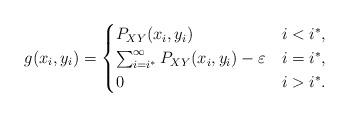
LaTeX: \begin{align*} g(x_i,y_i)&=\begin{cases} P_{XY}(x_i,y_i)& i<i^*,\\ \sum_{i=i^*}^\infty P_{XY}(x_i,y_i)-\varepsilon & i=i^*,\\ 0& i>i^*.\end{cases}\end{align*}